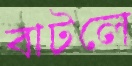
বাটলে